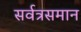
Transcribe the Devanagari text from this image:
सर्वत्रसमान